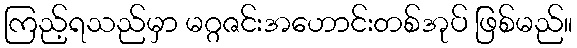
ကြည့်ရသည်မှာ မဂ္ဂဇင်းအဟောင်းတစ်အုပ် ဖြစ်မည်။